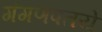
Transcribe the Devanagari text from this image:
गंगणपतये